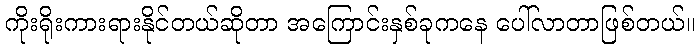
ကိုးရိုးကားရားနိုင်တယ်ဆိုတာ အကြောင်းနှစ်ခုကနေ ပေါ်လာတာဖြစ်တယ်။